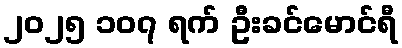
၂၀၂၅ ၁၀၇ ရက် ဦးခင်မောင်ရီ